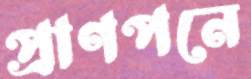
প্রাণপনে